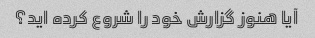
آیا هنوز گزارش خود را شروع کرده اید؟